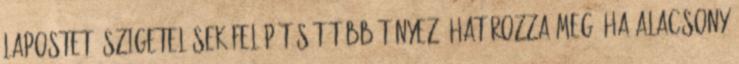
lapostető szigetelések felépítését több tényező határozza meg. Ha alacsony